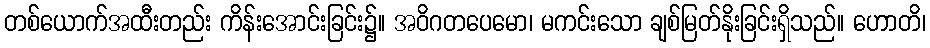
တစ်ယောက်အထီးတည်း ကိန်းအောင်းခြင်း၌။ အဝိဂတပေမော၊ မကင်းသော ချစ်မြတ်နိုးခြင်းရှိသည်။ ဟောတိ၊